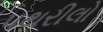
પથરીલો